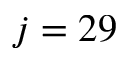
j = 2 9